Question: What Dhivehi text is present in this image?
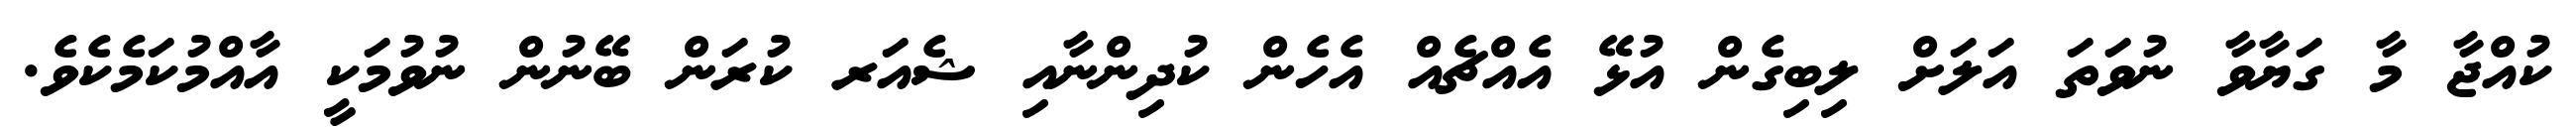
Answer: ކުއްޖާ މާ ގަޔާވާ ނުވަތަ އަލަށް ލިބިގެން އުޅޭ އެއްޗެއް އެހެން ކުދިންނާއި ޝެއަރ ކުރަން ބޭނުން ނުވުމަކީ އާއްމުކަމެކެވެ.